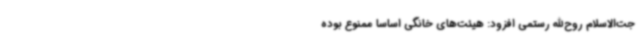
جت‌الاسلام روح‌الله رستمی افزود: هیئت‌های خانگی اساساً ممنوع بوده